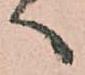
へ